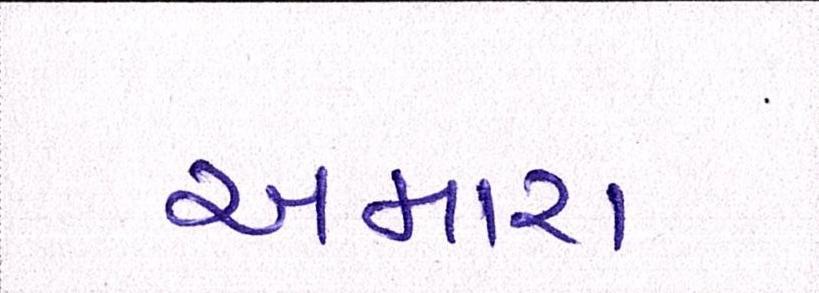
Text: અમારા